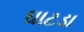
ઘાટડા